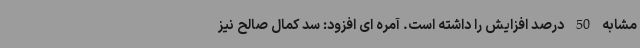
مشابه 50 درصد افزایش را داشته است. آمره ای افزود: سد کمال صالح نیز